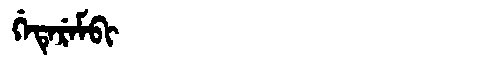
Manchu: ᡤᡝᡨᡝᡵᡝᠮᠪᡳ
Romanization: GETEREMBI